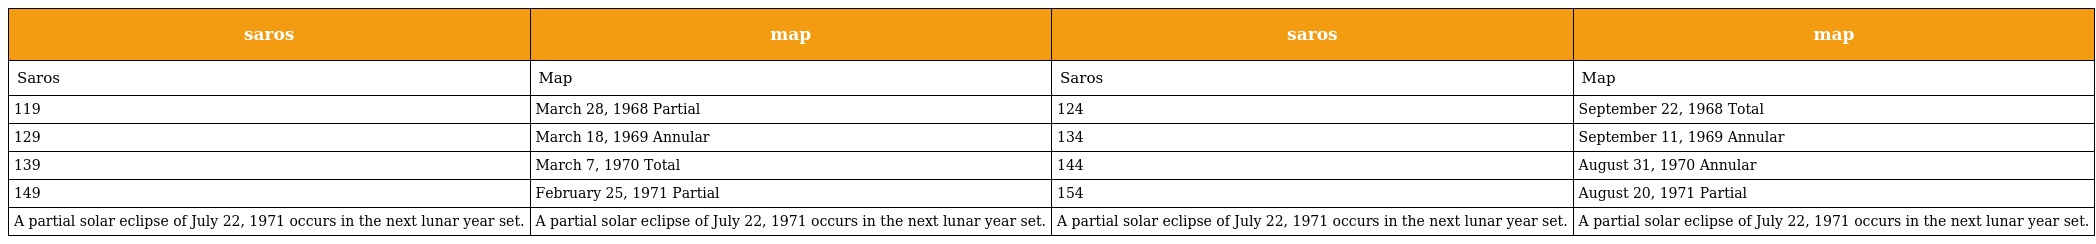
| saros | map | saros | map |
 | --- | --- | --- | --- |
 | Saros | Map | Saros | Map |
 | 119 | March 28, 1968 Partial | 124 | September 22, 1968 Total |
 | 129 | March 18, 1969 Annular | 134 | September 11, 1969 Annular |
 | 139 | March 7, 1970 Total | 144 | August 31, 1970 Annular |
 | 149 | February 25, 1971 Partial | 154 | August 20, 1971 Partial |
 | A partial solar eclipse of July 22, 1971 occurs in the next lunar year set. | A partial solar eclipse of July 22, 1971 occurs in the next lunar year set. | A partial solar eclipse of July 22, 1971 occurs in the next lunar year set. | A partial solar eclipse of July 22, 1971 occurs in the next lunar year set. |